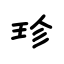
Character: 珍